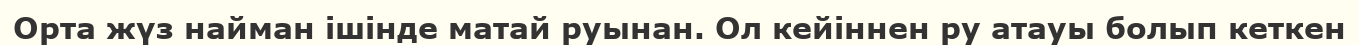
Орта жүз найман ішінде матай руынан. Ол кейіннен ру атауы болып кеткен